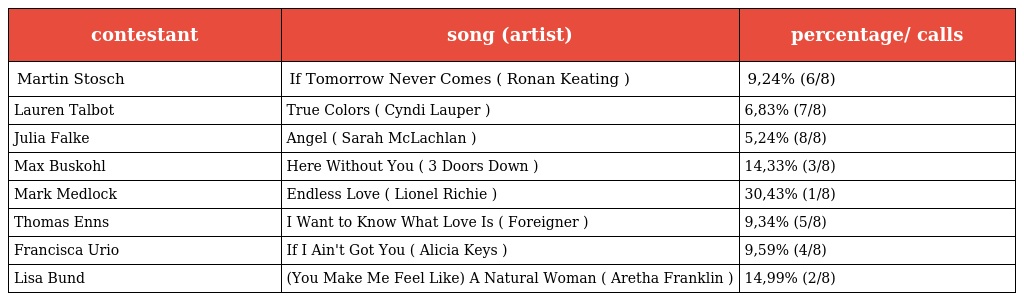
| contestant | song (artist) | percentage/ calls |
 | --- | --- | --- |
 | Martin Stosch | If Tomorrow Never Comes ( Ronan Keating ) | 9,24% (6/8) |
 | Lauren Talbot | True Colors ( Cyndi Lauper ) | 6,83% (7/8) |
 | Julia Falke | Angel ( Sarah McLachlan ) | 5,24% (8/8) |
 | Max Buskohl | Here Without You ( 3 Doors Down ) | 14,33% (3/8) |
 | Mark Medlock | Endless Love ( Lionel Richie ) | 30,43% (1/8) |
 | Thomas Enns | I Want to Know What Love Is ( Foreigner ) | 9,34% (5/8) |
 | Francisca Urio | If I Ain't Got You ( Alicia Keys ) | 9,59% (4/8) |
 | Lisa Bund | (You Make Me Feel Like) A Natural Woman ( Aretha Franklin ) | 14,99% (2/8) |